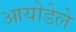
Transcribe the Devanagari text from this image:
आयोडेले